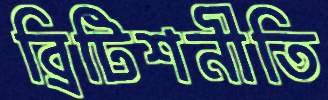
ব্রিটিশনীতি